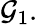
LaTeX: \mathcal{G}_{1}.